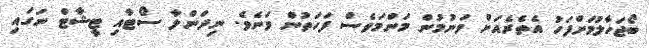
ބޯޖަހާލުމަށްފަހު އެތެރެއަށް ވަނުމުން މަންމަވެސް ފަހަތުން ވަނެވެ. ނިދަންލާ ސޯޓާއި ޓީޝާޓް ނަގައި